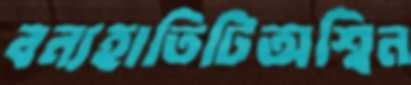
বন্যহাতিটিঅশ্বিন